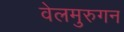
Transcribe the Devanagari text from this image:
वेलमुरुगन